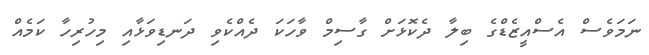
ނަމަވެސް އެސްއީޒެޑްގެ ބިލާ ދެކޮޅަށް ގާސިމް ވާހަކަ ދެއްކެވި ދަނޑިވަޅާއި މިހުރިހާ ކަމެއް